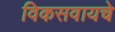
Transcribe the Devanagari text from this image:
विकसवायचे